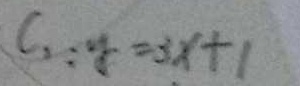
c _ { 2 } : y = 3 x + 1